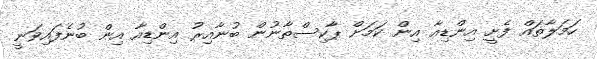
ހަމަލާތައް ފެށީ އިންޑިއާ އިން ކަމަށް ޕާކިސްތާނުން ބުނާއިރު އިންޑިއާ އިން ބުނެފައިވަނީ